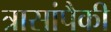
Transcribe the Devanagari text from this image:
त्रासांपैकी